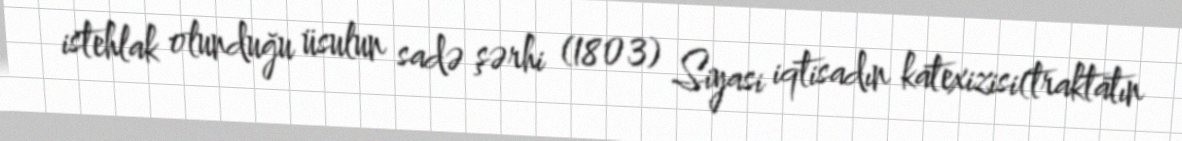
istehlak olunduğu üsulun sadə şərhi (1803) Siyasi iqtisadın katexizisi(traktatın